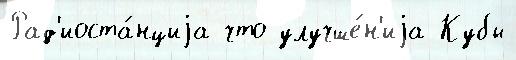
Рад'иоста́нциjа что улучше́н'иjа Кубы